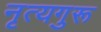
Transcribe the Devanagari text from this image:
नृत्यगुरू